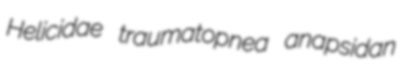
Helicidae traumatopnea anapsidan